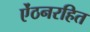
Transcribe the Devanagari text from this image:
ऐंठनरहित